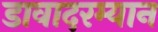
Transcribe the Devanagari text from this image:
डावादरम्यान